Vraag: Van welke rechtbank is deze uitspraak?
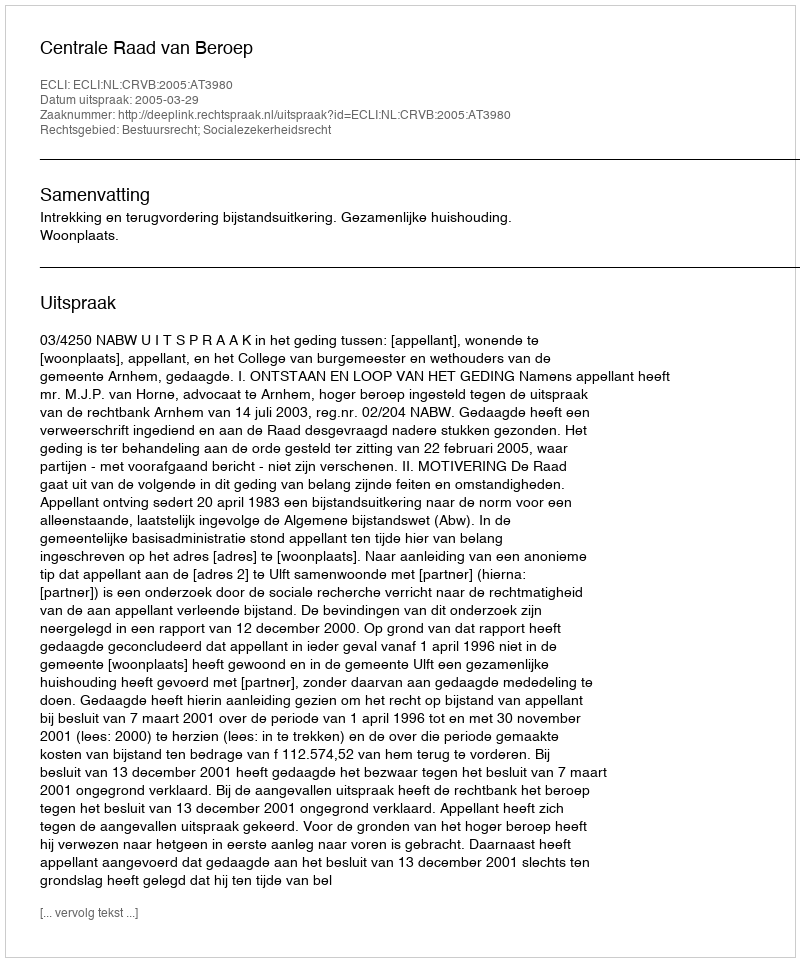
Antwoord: Centrale Raad van Beroep